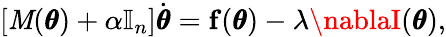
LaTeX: \left[\mathit{M}(\pmb\theta)+\alpha\mathbb{I}_{n}\right]\dot{{\pmb\theta}}=\mathbf{f}(\pmb\theta)-\lambda\nablaI(\pmb\theta),